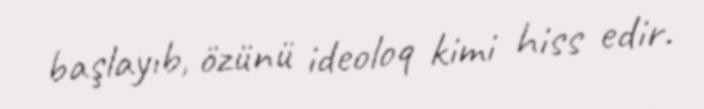
başlayıb, özünü ideoloq kimi hiss edir.